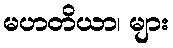
မဟတိယာ၊ များ